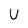
Character: U